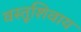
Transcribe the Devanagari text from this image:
वस्तूशिवाय